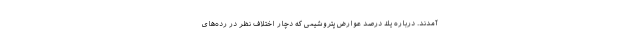
آمدند. درباره یك درصد عوارض پتروشیمى كه دچار اختلاف نظر در رده‌هاى